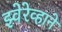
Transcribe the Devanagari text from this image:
झ्वेरेव्हाने